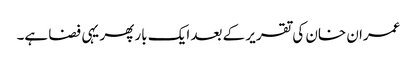
عمران خان کی تقریر کے بعد ایک بار پھر یہی فضا ہے۔